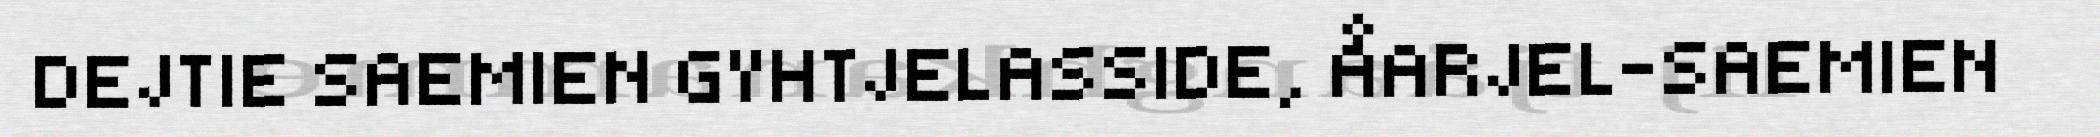
DEJTIE SAEMIEN GYHTJELASSIDE, ÅARJEL-SAEMIEN